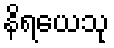
နိရယေသု